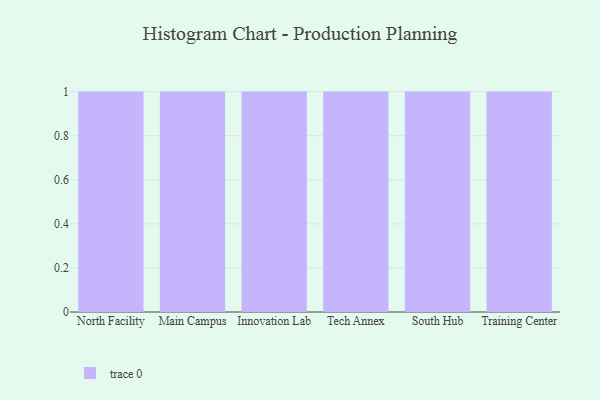
{"axis": {"x": "Campus", "y": "Tickets Resolved"}, "legend": [""], "data": [{"x": "North Facility", "y": 64, "type": ""}, {"x": "Main Campus", "y": 53, "type": ""}, {"x": "Innovation Lab", "y": 78, "type": ""}, {"x": "Tech Annex", "y": 22, "type": ""}, {"x": "South Hub", "y": 55, "type": ""}, {"x": "Training Center", "y": 79, "type": ""}]}